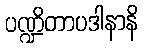
ပဏ္ဍိတာပဒါနာနိ